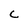
Character: C